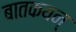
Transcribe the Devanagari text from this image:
बातकयन्